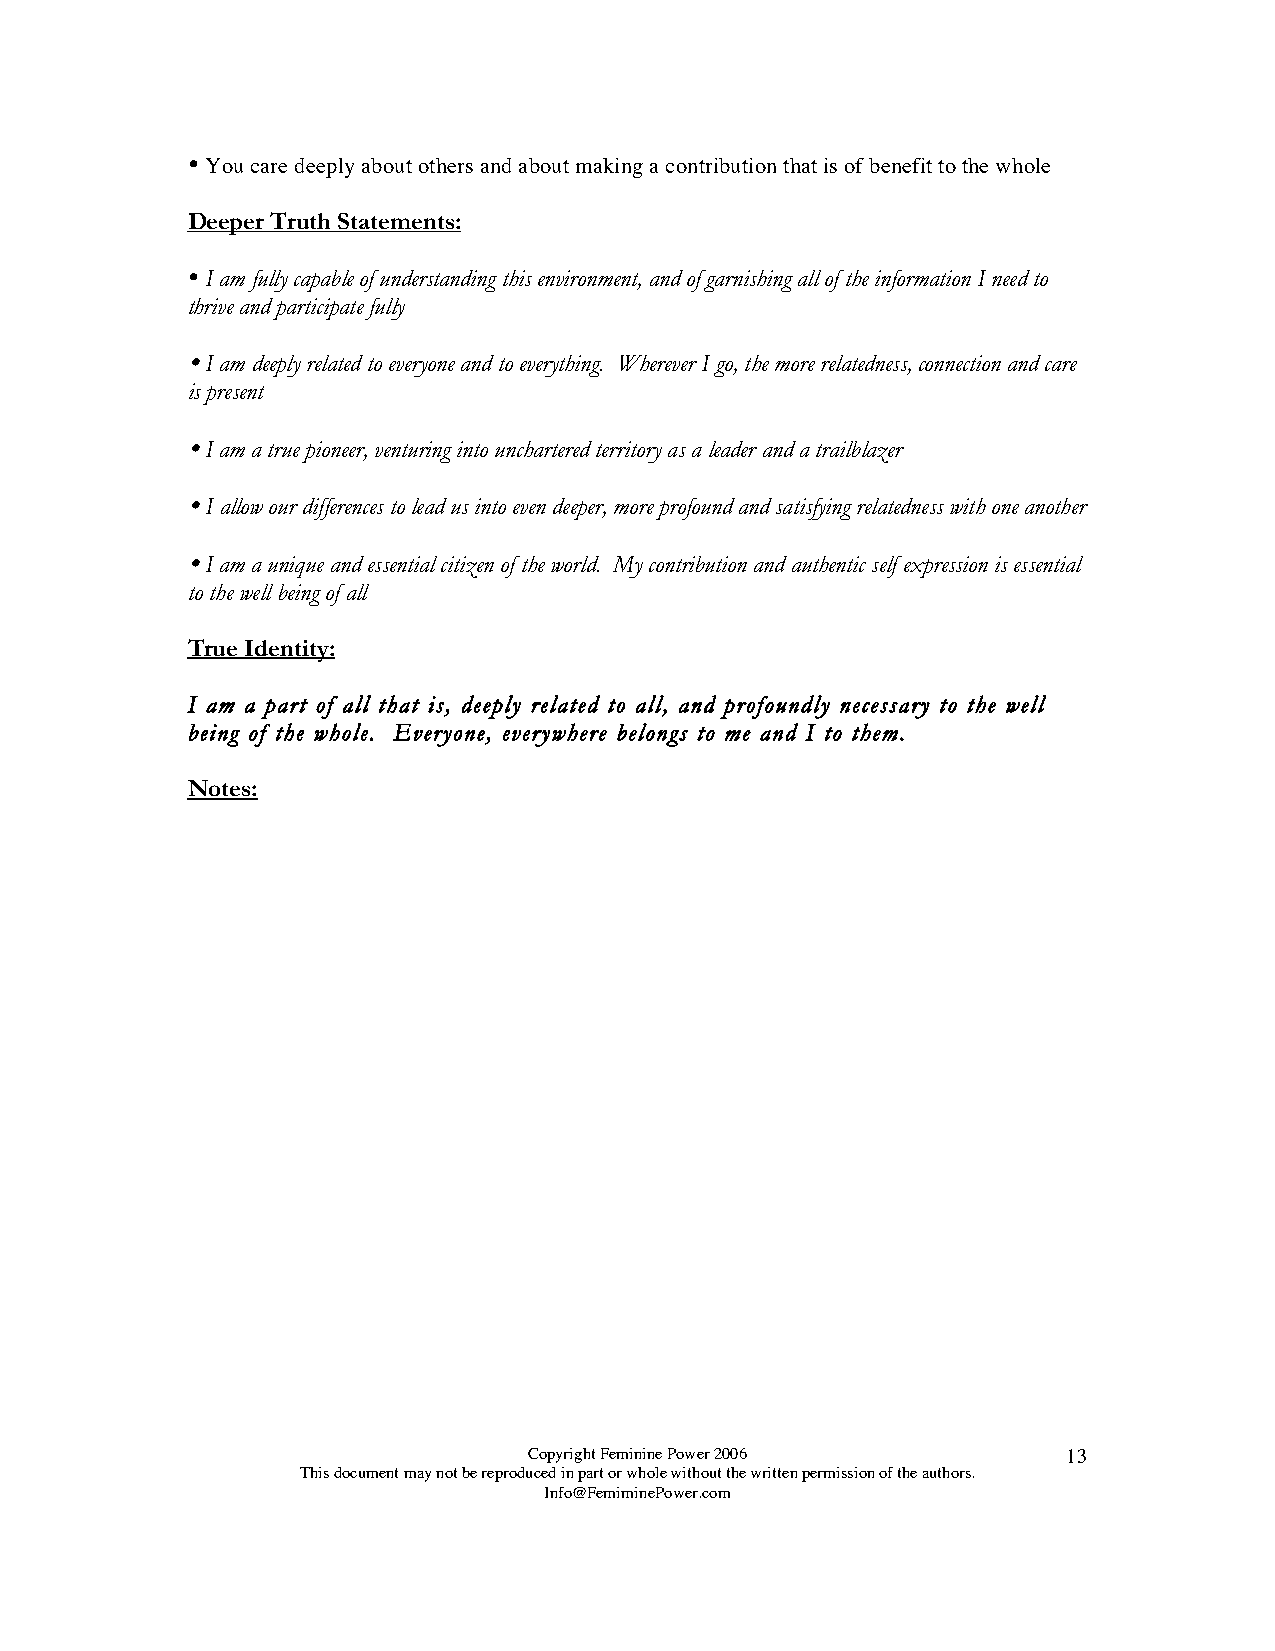

 You care deeply about others and about making a contribution that is of benefit to the whole
 Deeper Truth Statements:
 
 I am fully capable of understanding this environment, and of garnishing all of the information I need to
 thrive and participate fully
 
 I am deeply related to everyone and to everything. Wherever I go, the more relatedness, connection and care
 is present
 
 I am a true pioneer, venturing into unchartered territory as a leader and a trailblazer
 
 I allow our differences to lead us into even deeper, more profound and satisfying relatedness with one another
 
 I am a unique and essential citizen of the world. My contribution and authentic self expression is essential
 to the well being of all
 True Identity:
 I am a part of all that is, deeply related to all, and profoundly necessary to the well
 being of the whole. Everyone, everywhere belongs to me and I to them.
 Notes:
 Copyright Feminine Power 2006       13
 This document may not be reproduced in part or whole without the written permission of the authors.
 Info@FemiminePower.com